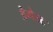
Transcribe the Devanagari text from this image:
डैमेस्ट